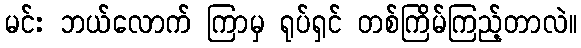
မင်း ဘယ်လောက် ကြာမှ ရုပ်ရှင် တစ်ကြိမ်ကြည့်တာလဲ။